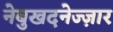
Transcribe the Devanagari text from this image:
नेबुखदनेज्ज़ार